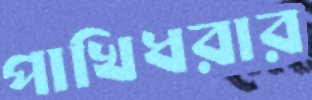
পাখিধরার